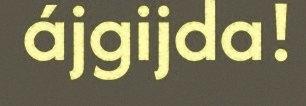
ájgijda!